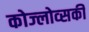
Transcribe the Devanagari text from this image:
कोज्लोव्सकी